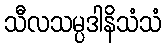
သီလသမ္ပဒါနိသံသံ